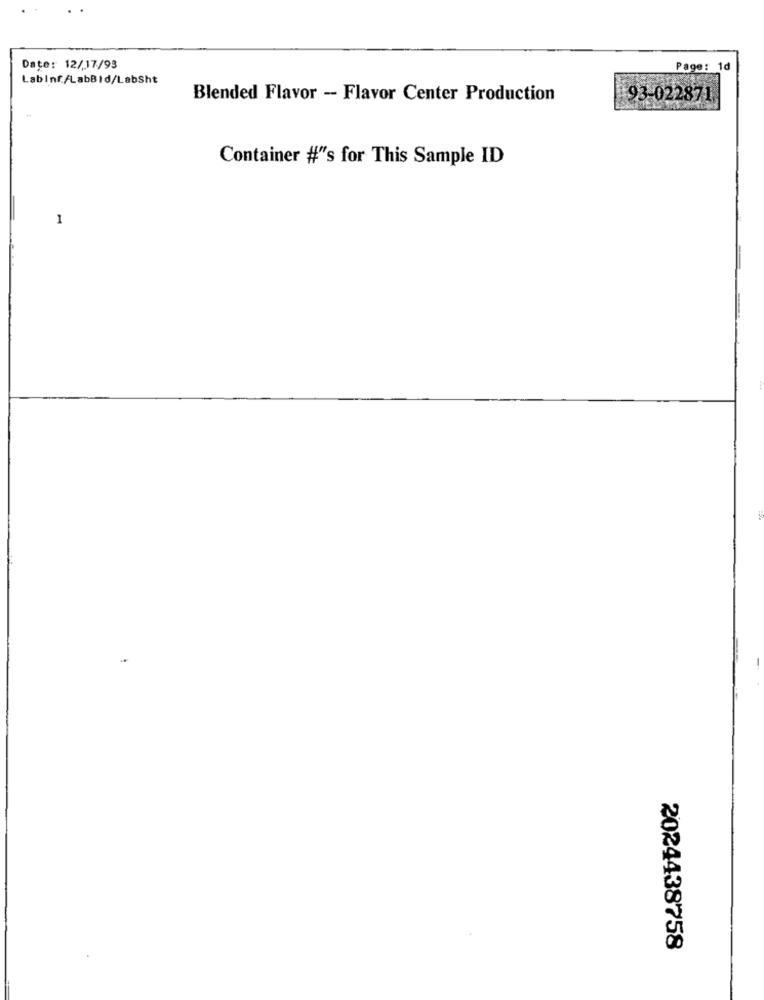
Date: 12/17/93
Page: 1d
LabInf./LabBId/LabSht
Blended Flavor - Flavor Center Production
93-022871.
Container #"'s for This Sample ID
1
2024438758